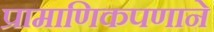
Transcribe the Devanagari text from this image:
प्रामाणिकपणाने